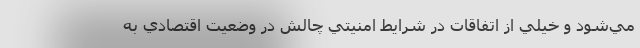
مي‌شود و خيلي از اتفاقات در شرايط امنيتي چالش در وضعيت اقتصادي به